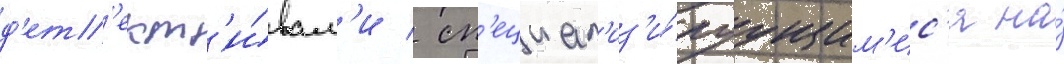
д'ет'ект'и́вам'и / сп'ециал'из'и́руущим'ис'я на́